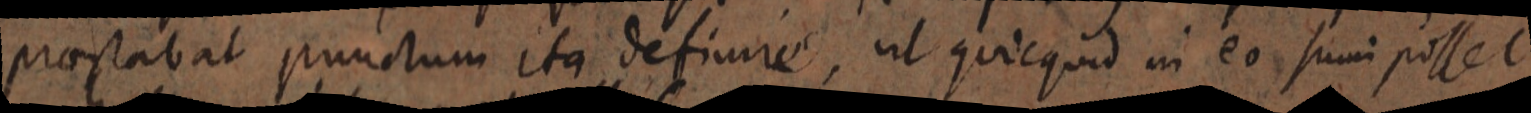
praestabat punctum ita definire, ut quicquid in eo sumi posset